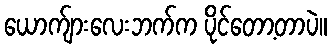
ယောက်ျားလေးဘက်က ပိုင်တော့တာပဲ။